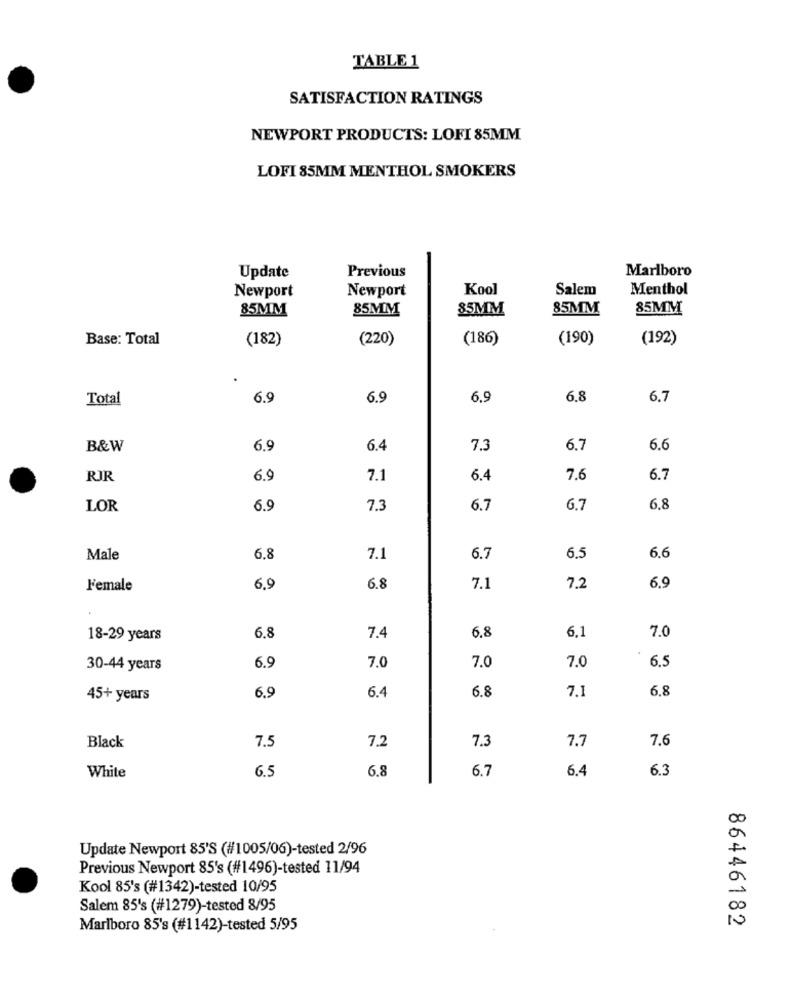
TABLE 1
SATISFACTION RATINGS
NEWPORT PRODUCTS: LOFI 85MM
LOFI 85MM MENTHOL SMOKERS
Previous
Update
Marlboro
Newport
Newport
Kool
Salem
Menthol
85MM
85MM
85MM
85MM
85MM
Base: Total
(182)
(220)
(186)
(190)
(192)
Total
6.9
6.9
6.9
6.8
6.7
B&W
6.9
6.4
7.3
6.7
6.6
RIR
6.9
7.1
6.4
7.6
6.7
LOR
6.9
7.3
6.7
6.7
6.8
6.6
Male
6,8
7.1
6.7
6.5
F'emale
6.9
6.8
7.1
7.2
6.9
7.0
18-29 years
6.8
7.4
6.8
6.1
7.0
7.0
30-44 years
6.9
7.0
6.5
6.9
6.4
6.8
7.1
6,8
45+ years
7.5
7.2
7.3
7.7
7.6
Black
6.5
6.8
6.7
6.4
6.3
White
Update Newport 85'S (#1005/06)-tested 2/96
Previous Newport 85's (#1496)-tested 11/94
Kool 85's (#1342)-tested 10/95
Salem 85's (#1279)-tested 8/95
86446182
Marlboro 85's (#1142)-tested 5/95